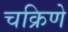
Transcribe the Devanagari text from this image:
चक्रिणे